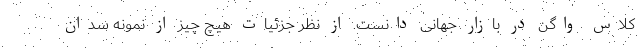
کلاس واگن در بازار جهانی دانست. از نظر جزئیات هیچ چیز از نمونه سدان